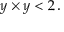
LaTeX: y \times y < 2 \, .